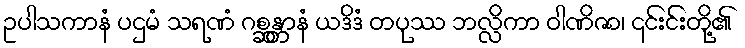
ဥပါသကာနံ ပဌမံ သရဏံ ဂစ္ဆန္တာနံ ယဒိဒံ တပုဿ ဘလ္လိကာ ဝါဏိဇာ၊ ၎င်းင်းတို့၏